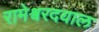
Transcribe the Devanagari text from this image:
रामेश्वरदयाल